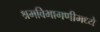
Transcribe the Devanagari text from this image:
श्रमविभागणीमध्ये